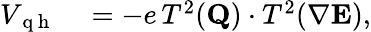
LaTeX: \begin{array}{rl}{V_{\mathrm{~q~h~}}}&{{}=-e\, T^{2}({\mathbf Q})\cdot T^{2}(\nabla{\mathbf E}),}\end{array}